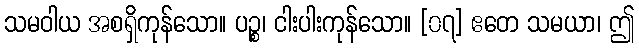
သမဝါယ အစရှိကုန်သော။ ပဉ္စ၊ ငါးပါးကုန်သော။ [၀၇] ဧတေ သမယာ၊ ဤ